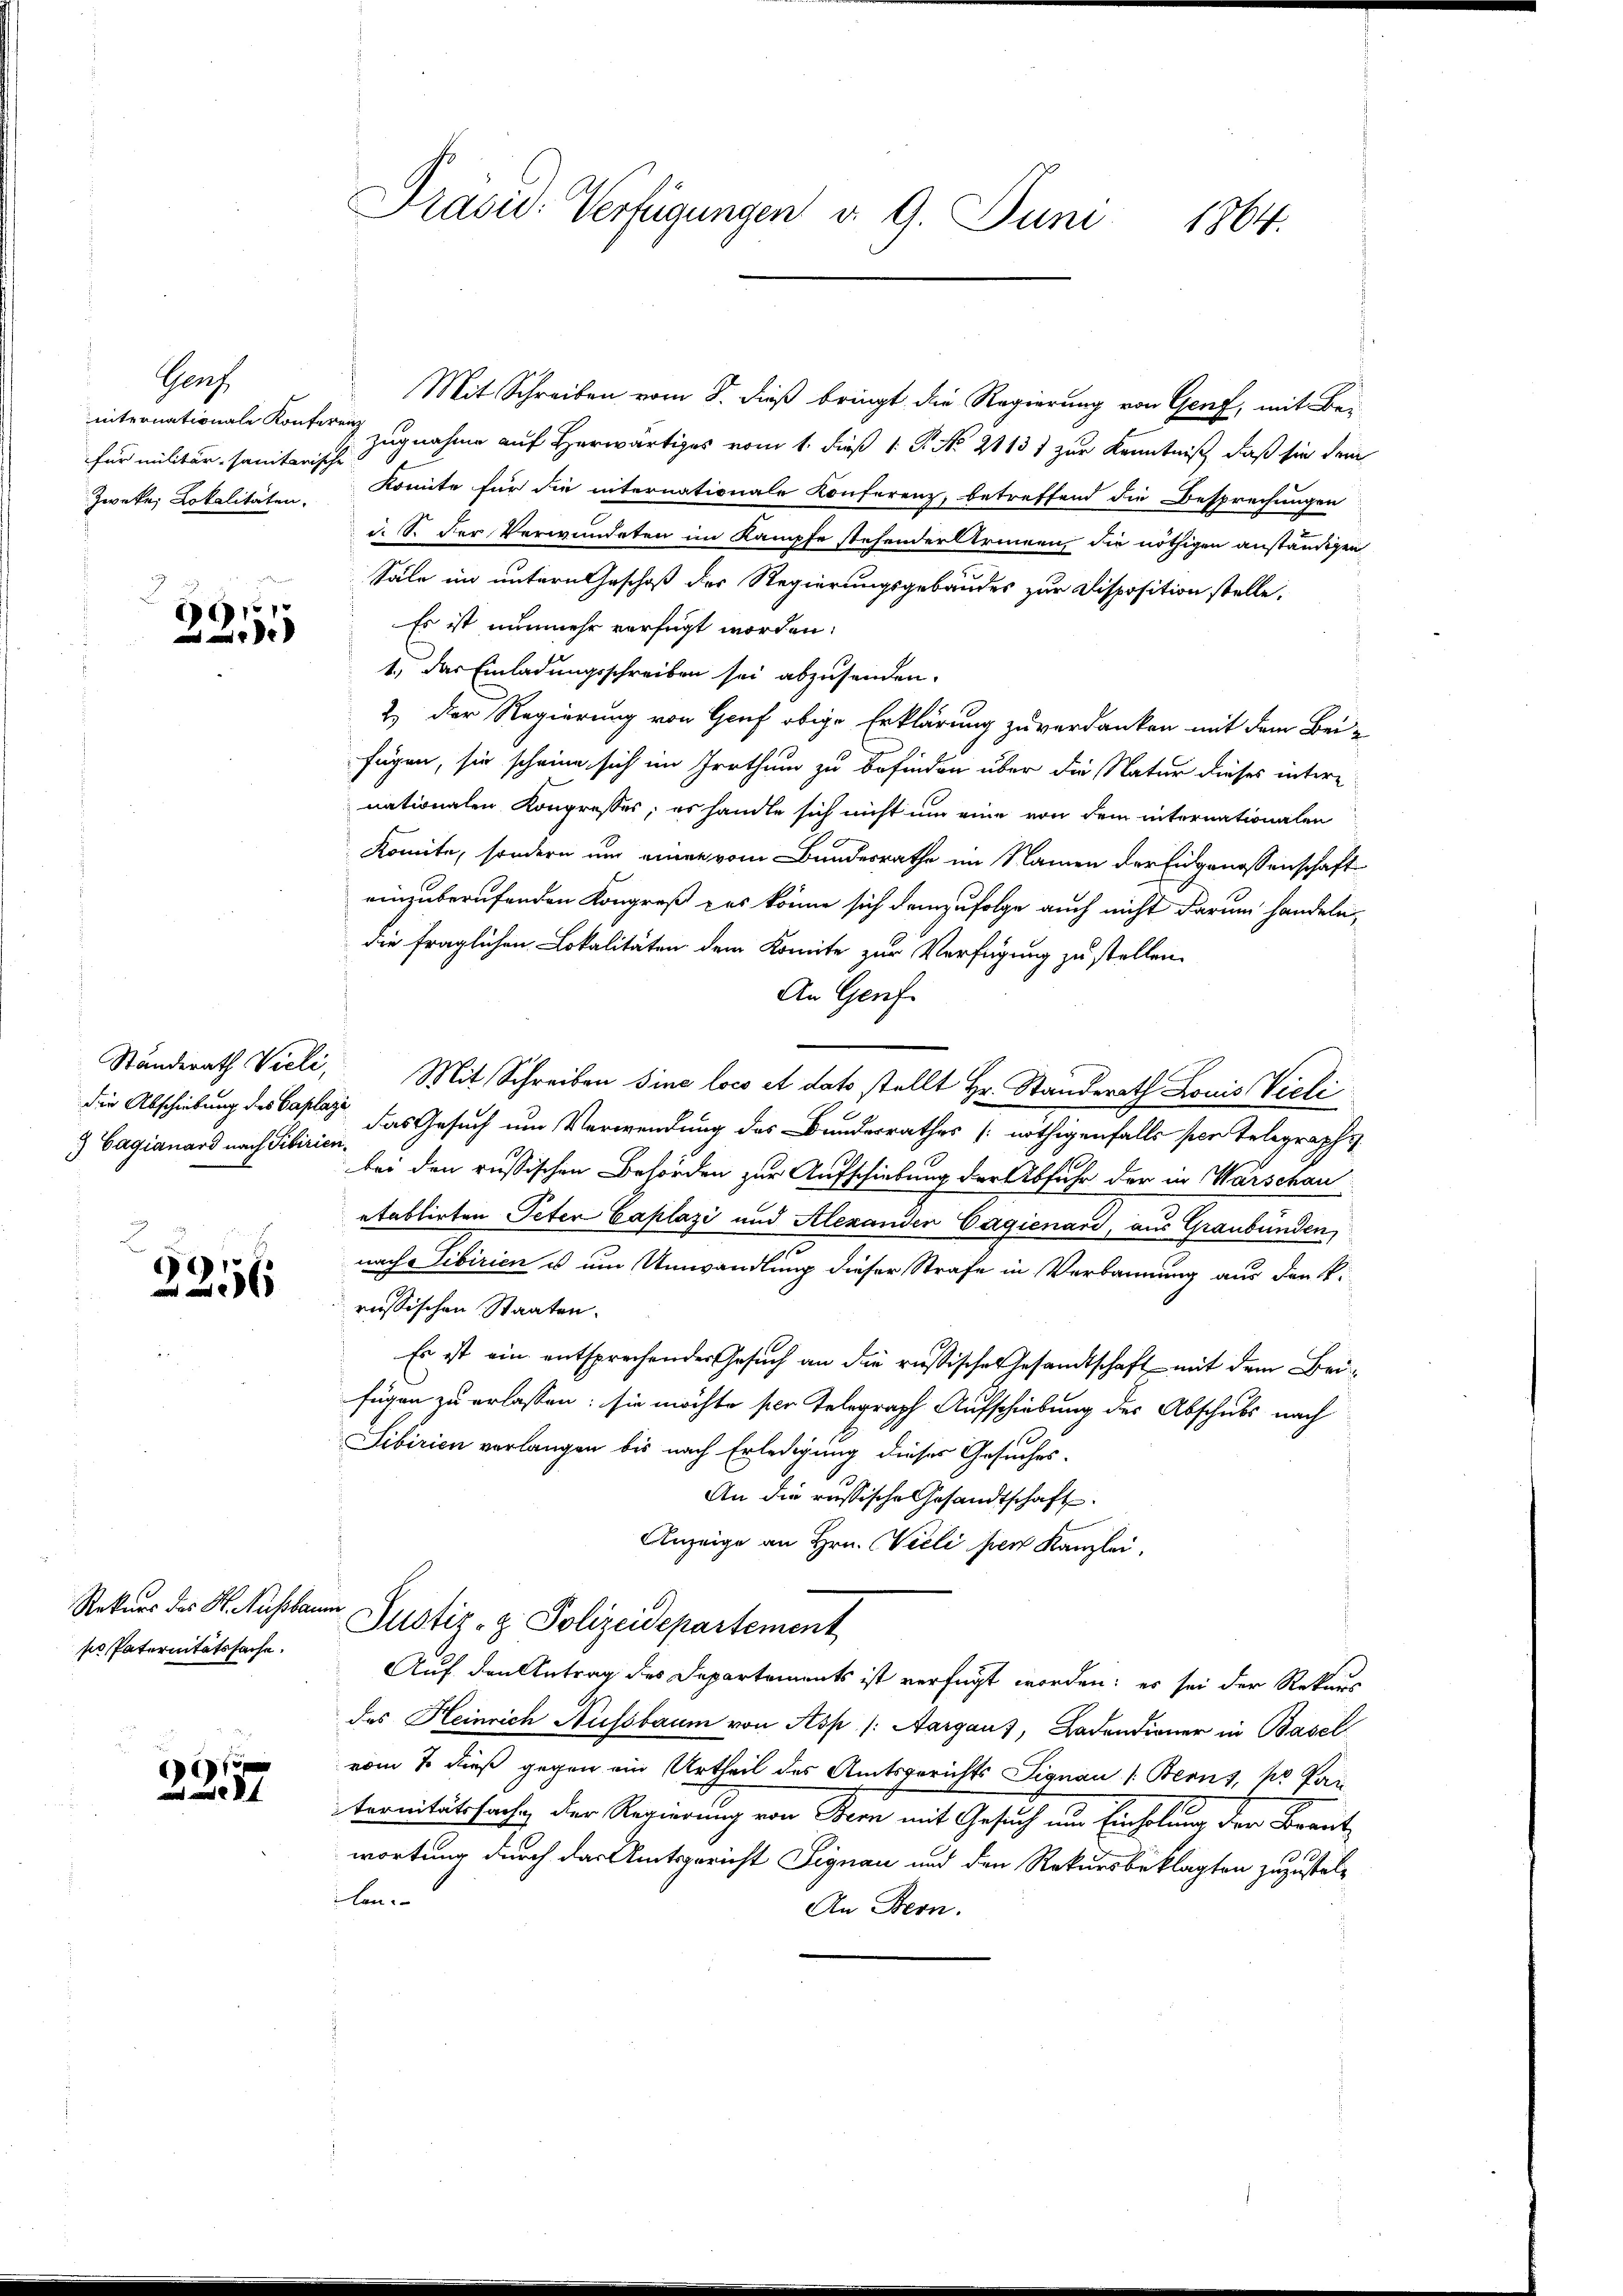
Genf
für militär, sanitarische

9
e

) Cagianard nach Tibirien.

2
2256

Rekurs des St. Nussbaum
po Paternitätssache.

6

Mit Schreiben vom 8. dieß bringt, die Regierung von Genf, mit Beinternationale Kontoren zugnahme auf Herwärtiges vom 1. dieß 1. P. Nr. 2113) zur Kenntniß, daß sie dein
Zweke Lokalitäten Komite für die internationale Konferenz, betreffend die Besprechungen
i. S. Der Verwundeten im Kampfe stehender Armen, die nöthigen anständigen
Säle im untern Geschoß der Regierungsgebäudes zur Disposition stelle.
Es ist nunmehr verfügt worden.
1., das Einladungsschreiben sei abzusenden.
2.) Der Regierung von Gruf obige Erklärung zu verdanken mit dem Bei-
fügen, sie scheine sich im Irrthum zu befinden über die Natur dieses intere
nationalen Kongresses, es handte sich nicht um eine von dem internationalen
Komite, sondern und einer vom Bundesrathe im Namen der Eingenossenschaft
einzuberufenden Kongreß des könne sich demzufolge auch nicht darum handeln,
die fraglichen Lokalitäten dem Komite zur Verfügung zu stellen.
An Genf
Ständerath Vieli, Mit Schreiben sine loco et dato stellt Hr. Standerath Louis Vieli
die Abschiebung des Caspar das Gesuch um Verwendung des Bundesrathes [nöthigenfalls per Telegraphs
bei den russischen Behörden zur Aufschiebung der Abfuhr der in Warschau
etablirten Peter Caplazi und Alexander Cagienard, aus Graubünden,
nach Sibirien u um Umwandlung dieser Strafe in Verbannung aus den k.
russischen Staaten.
Es ist ein entsprechender Gesuch an die russisches Gesandtschaft mit dem Beifügen zu erlassen; sie möchte per Telegraph Aufschiebung des Abschubs nach
Sibirien verlangen bis nach Erledigung dieses Gesuches.
An die russische Gesandtschaft
Anzeige an Hrn. Vieli hien Kanzlei,
Justiz- & Polizeidepartement
Auf den Antrag des Departements ist verfügt worden; es sei der Rekurs
des Heinrich Nussbaum von Asp (: Aargau), Badendiener in Basel
vom 7. dieß gegen ein Urtheil des Amtsgerichts Signau (Berns, pr Pau
ternitätssache der Regierung von Bern mit Gesuch um Einholung der Braut
wortung durch das Amtsgericht Signau und den Rekursbeklagten zuzustellan
An Bern.

Präsid. Verfügungen d. 9. Juni 1864.